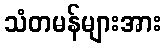
သံတမန်များအား